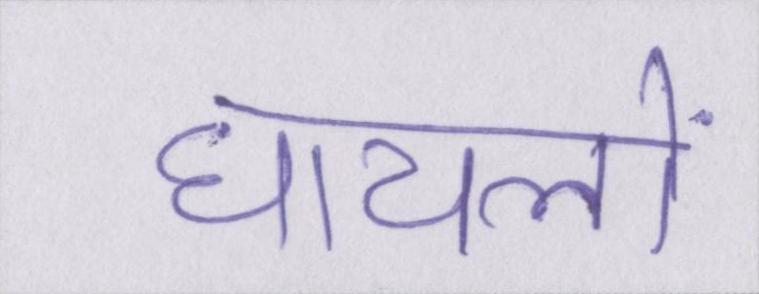
घायलों